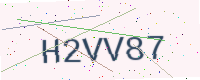
Text: H2VV87